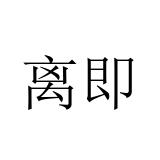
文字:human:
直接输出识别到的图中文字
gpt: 离即